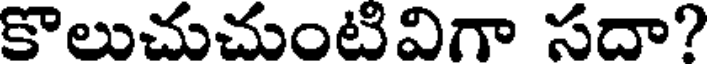
కొలుచుచుంటివిగా సదా?